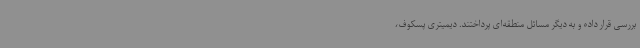
بررسی قرار داده و به دیگر مسائل منطقه‌ای پرداختند. دیمیتری پسکوف،